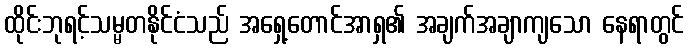
ထိုင်းဘုရင့်သမ္မတနိုင်ငံသည် အရှေ့တောင်အာရှ၏ အချက်အချာကျသော နေရာတွင်